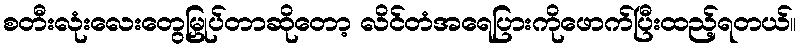
စတီးလုံးလေးတွေမြှုပ်တာဆိုတော့ လိင်တံအရေပြားကိုဖောက်ပြီးထည့်ရတယ်။